Insane asylums in Bengal annual reports 1867-1875 - 1867-1875
Year: 1867
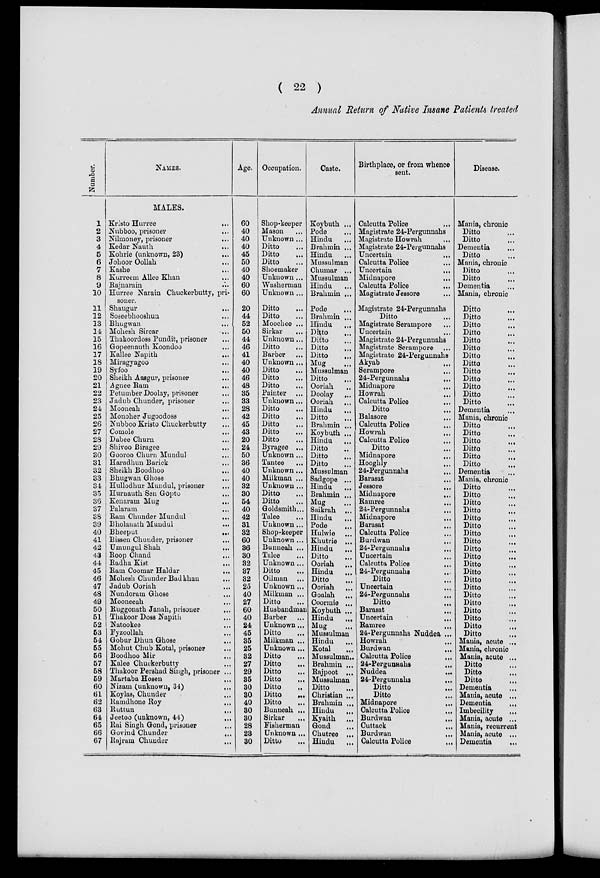
( 22 )
Annual Return of Native Insane Patients treated
Numbe r
.
1
2
3
4
5
6
7
8
9
10
11
12
13
14
15
16
17
18
19
20
21
22
23
24
25
26
27
28
29
30
31
32
33
34
35
36
37
38
39
40
41
42
43
44
45
46
47
48
49
50
51
52
53
54
55
56
57
58
59
60
61
62
63
64
65
66
67
NAMES.
MALES.
Kristo Hurree
...
Nubboo, prisoner ...
Nilmoney, prisoner
...
Kedar Nauth ...
Kohrie (unknown, 23)
...
Johoor Oollah
...
Kashe ...
Kurreem Allee Khan ...
Rajnarain ...
Hurree Narain Chuckerbutty, pri-
soner.
Shaugur
...
Soseebhooshun ...
Bhugwan
...
Mohesh Sircar ...
Thakoordoss Pundit, prisoner ...
Gopeenauth Koondoo
...
Kallee Napith
...
Miragyagoo ...
Syfoo ...
Sheikh Aasgur, prisoner ...
Agnee Ram
...
Petumber Doolay, prisoner ...
Jadub Chunder, prisoner ...
Mooneah
...
Monoher Jugoodoss ...
Nubboo Kristo Chuckerbutty ...
Comole
...
Dabee Churn ...
Shivoo Biragee ...
Gooroo Churn Mundul ...
Haradhun Barick ...
Sheikh Boodhoo ...
Bhugwan Ghose ...
Hullodhur Mundul, prisoner ...
Hurnauth Sen Gopto ...
Kenaram Mug
...
Palaram
...
Ram Chunder Mundul ...
Bholanath Mundul ...
Bheeput
...
Bissen Chunder, prisoner ...
Umungul Shah ...
Roop Chand ...
Radha Kist
...
Ram Coomar Haldar
...
Mohesh Chunder Bad khan ...
Jadub Ooriah ...
Nundoram Ghose ...
Mooneeah ...
Ruggonath Janah, prisoner ...
Thakoor Doss Napith ...
Natookee ...
Fyzoollah ...
Gobur Dhun Ghose ...
Mohut Chub Kotal, prisoner ...
Boodhoo Mir ...
Kalee Chuckerbutty ...
Thakoor Pershad Singh, prisoner ...
Martaba Hosen ...
Nizam (unknown, 34) ...
Koylas, Chunder ...
Ramdhone Roy ...
Ruttun
...
Jeetoo (unknown, 44)
...
Rai Singh Gond, prisoner ...
Govind Chunder
...
Rajram Chunder ...
Age.
60
40
40
40
45
50
40
40
60
60
20
44
52
50
44
46
41
40
40
46
48
35
33
28
42
45
43
20
24
50
36
40
40
32
30
54
40
42
31
32
60
36
30
32
37
32
25
40
27
60
40
24
45
35
25
32
27
29
35
30
30
40
30
30
28
23
30
Occupation.
Shop-keeper
Mason ...
Unknown ...
Ditto ...
Ditto ...
Ditto ...
Shoemaker
Unknown ...
Washerman
Unknown ...
Ditto ...
Ditto ...
Moochee ...
Sirkar ...
Unknown ...
Ditto
...
Barber ...
Unknown ...
Ditto
...
Ditto ...
Ditto ...
Painter ...
Unknown...
Ditto ...
Ditto ...
Ditto ...
Ditto ...
Ditto ...
Byragee ...
Unknown ...
Tantee ...
Unknown ...
Milkman ...
Unknown ...
Ditto ...
Ditto ...
Goldsmith...
Talee ...
Unknown ...
Shop-keeper
Unknown ...
Bunneah ...
Talee ...
Unknown ...
Ditto ...
Oilman ...
Unknown...
Milkman ...
Ditto ...
Husbandman
Barber ...
Unknown ...
Ditto ...
Milkman ...
Unknown ...
Ditto ...
Ditto ...
Ditto
...
Ditto
...
Ditto
...
Ditto
...
Ditto
...
Bunneah ...
Sirkar ...
Fisherman
Unknown ...
Ditto ...
Caste.
Koybuth ...
Pode ...
Hindu ...
Brahmin ...
Hindu ...
Mussulman
Chumar ...
Mussulman
Hindu ...
Brahmin ...
Pode ...
Brahmin ...
Hindu ...
Ditto ...
Ditto ...
Ditto ...
Ditto ...
Mug ...
Mussulman
Ditto ...
Ooriah ...
Doolay ...
Ooriah ...
Hindu ...
Ditto ...
Brahmin ...
Koybuth ...
Hindu
...
Ditto ...
Ditto ...
Ditto ...
Mussulman
Sadgope ...
Hindu
...
Brahmin ...
Mug ...
Saikrah ...
Hindu ...
Pode ...
Hulwie ...
Khutrie ...
Hindu ...
Ditto ...
Ooriah ...
Hindu ...
Ditto ...
Ooriah
...
Goalah ...
Coormie ...
Koybuth ...
Hindu
...
Mug ...
Mussulman
Hindu ...
Kotal ...
Mussulman ..
Brahmin ...
Rajpoot ...
Mussulman
Ditto ...
Christian ...
Brahmin ...
Hindu
...
Kyaith ...
Gond ...
Chutree ...
Hindu
...
Birthplace, or from whence
sent.
Calcutta Police ...
Magistrate 24-Pergunnahs
Magistrate Howrah ...
Magistrate 24-Pergunnahs
Uncertain ...
Calcutta Police ...
Uncertain
...
Midnapore
...
Calcutta Police
...
Magistrate Jessore ...
Magistrate 24-Pergunnahs
Ditto ...
Magistrate Serampore ...
Uncertain ...
Magistrate 24-Pergunnahs
Magistrate Serampore ...
Magistrate 24-Pergunnahs
Akyab
...
Serampore
...
24-Pergunnahs ...
Midnapore ...
Howrah
...
Calcutta Police ...
Ditto ...
Balasore ...
Calcutta Police ...
Howrah
...
Calcutta Police ...
Ditto ...
Midnapore
...
Hooghly ...
24-Pergunnahs
...
Barasat ...
Jessore
...
Midnapore
...
Ramree
...
24-Pergunnahs
...
Midnapore ...
Barasat ...
Calcutta Police ...
Burdwan
...
24-Pergunnahs ...
Uncertain ...
Calcutta Police ...
24-Pergunnahs ...
Ditto ...
Uncertain ...
24-Pergunnahs ...
Ditto ...
Barasat
...
Uncertain
...
Ramree ...
24-Pergunnahs Nuddea ...
Howrah ...
Burdwan ...
Calcutta Police ...
24-Pergunnahs ...
Nuddea
...
24-Pergunnahs ...
Ditto ...
Ditto ...
Midnapore ...
Calcutta Police
...
Burdwan
...
Cuttack
...
Burdwan
...
Calcutta Police ...
Disease.
Mania, chronic
Ditto ...
Ditto ...
Dementia ...
Ditto ...
Mania, chronic
Ditto ...
Ditto ...
Dementia ...
Mania, chronic
Ditto ...
Ditto ...
Ditto ...
Ditto ...
Ditto ...
Ditto ...
Ditto ...
Ditto ...
Ditto ...
Ditto ...
Ditto ...
Ditto ...
Ditto ...
Dementia ...
Mania, chronic
Ditto ...
Ditto ...
Ditto ...
Ditto ...
Ditto ...
Ditto ...
Dementia ...
Mania, chronic
Ditto ...
Ditto ...
Ditto ...
Ditto ...
Ditto ...
Ditto ...
Ditto ...
Ditto ...
Ditto ...
Ditto ...
Ditto ...
Ditto ...
Ditto ...
Ditto ...
Ditto ...
Ditto ...
Ditto ...
Ditto ...
Ditto ...
Ditto ...
Mania, acute ...
Mania, chronic
Mania, acute ...
Ditto ...
Ditto ...
Ditto ...
Dementia ...
Mania, acute ...
Dementia
...
Imbecility
...
Mania, acute ...
Mania, recurrent
Mania, acute ...
Dementia
...